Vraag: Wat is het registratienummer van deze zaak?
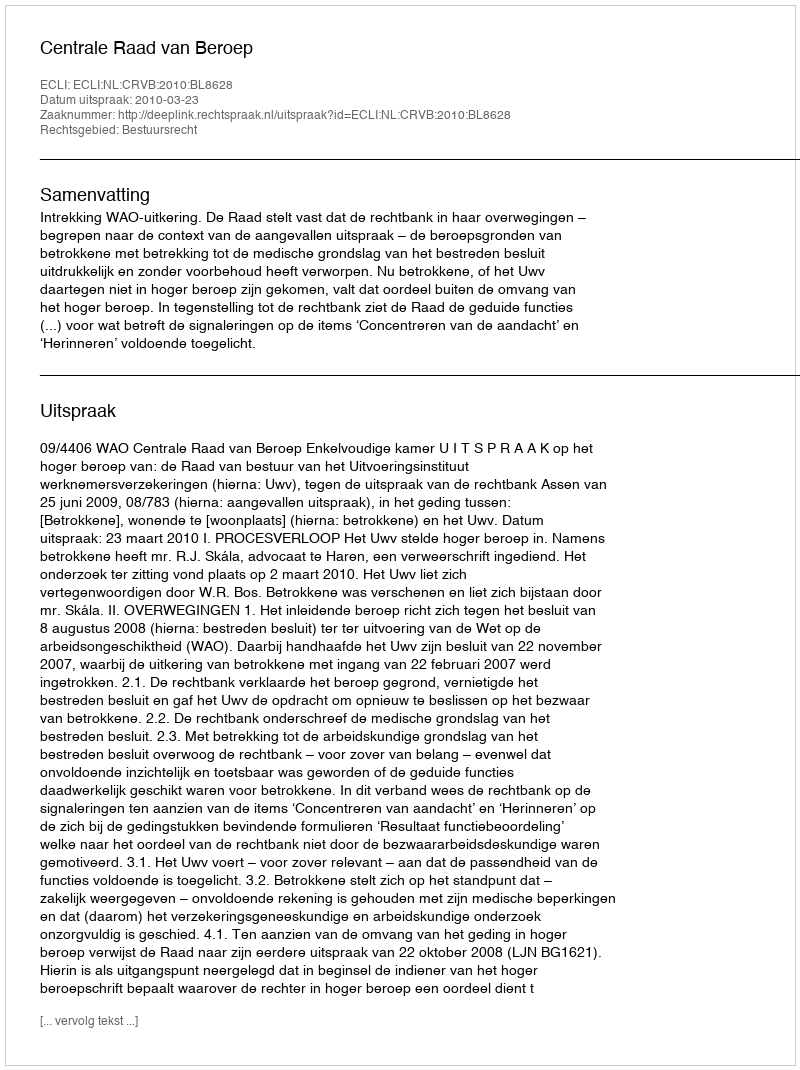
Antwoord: http://deeplink.rechtspraak.nl/uitspraak?id=ECLI:NL:CRVB:2010:BL8628